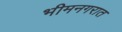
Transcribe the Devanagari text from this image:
भीमनगरात